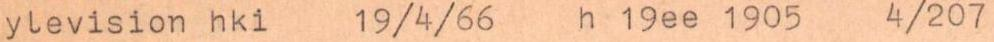
ylevision hki 19/4/66 h 19ee 1905 4/207